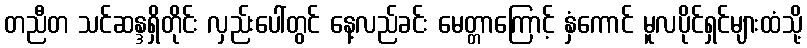
တညီတ သင်ဆန္ဒရှိတိုင်း လှည်းပေါ်တွင် နေ့လည်ခင်း မေတ္တာကြောင့် နှံကောင် မူလပိုင်ရှင်များထံသို့